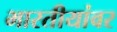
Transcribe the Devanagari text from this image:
भारतीयांवर